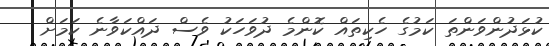
ކުޅަދުންވަންތަ ކަމުގެ ހެކިތައް ކޮންމެ ދުވަހަކު ވެސް ދައްކަވާނެ ކަމަށް